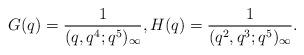
LaTeX: \begin{align*}G(q)=\frac 1{(q,q^4;q^5)_\infty},H(q)=\frac 1{(q^2,q^3;q^5)_\infty}. \end{align*}